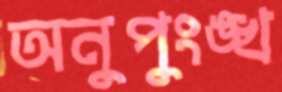
অনুপুংঙ্খ